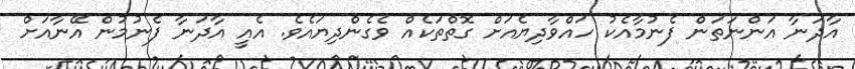
އާދަނާ އަންނަތަން ފެނުމާއެކު ހައްވާދިޔެއަށް ގޮތްތަކެއް ވެގެންދިޔައެވެ. އެއީ އާދަނާ ފެނުމުން އޭނާއަށް